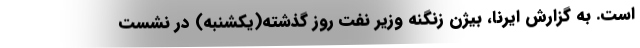
است. به گزارش ایرنا، بیژن زنگنه وزیر نفت روز گذشته(یکشنبه) در نشست